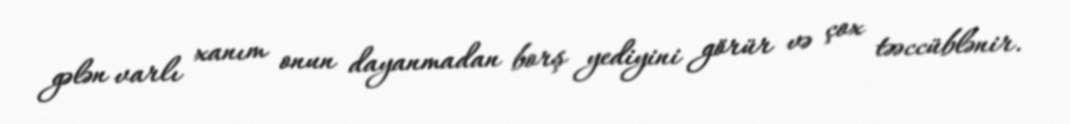
gələn varlı xanım onun dayanmadan borş yediyini görür və çox təəccüblənir.